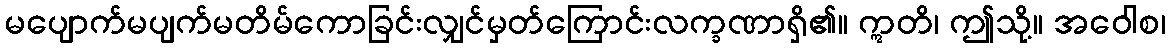
မပျောက်မပျက်မတိမ်ကောခြင်းလျှင်မှတ်ကြောင်းလက္ခဏာရှိ၏။ ဣတိ၊ ဤသို့။ အဝေါစ၊